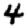
Digit: 4